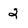
Character: 2